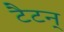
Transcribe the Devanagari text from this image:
टैटन्